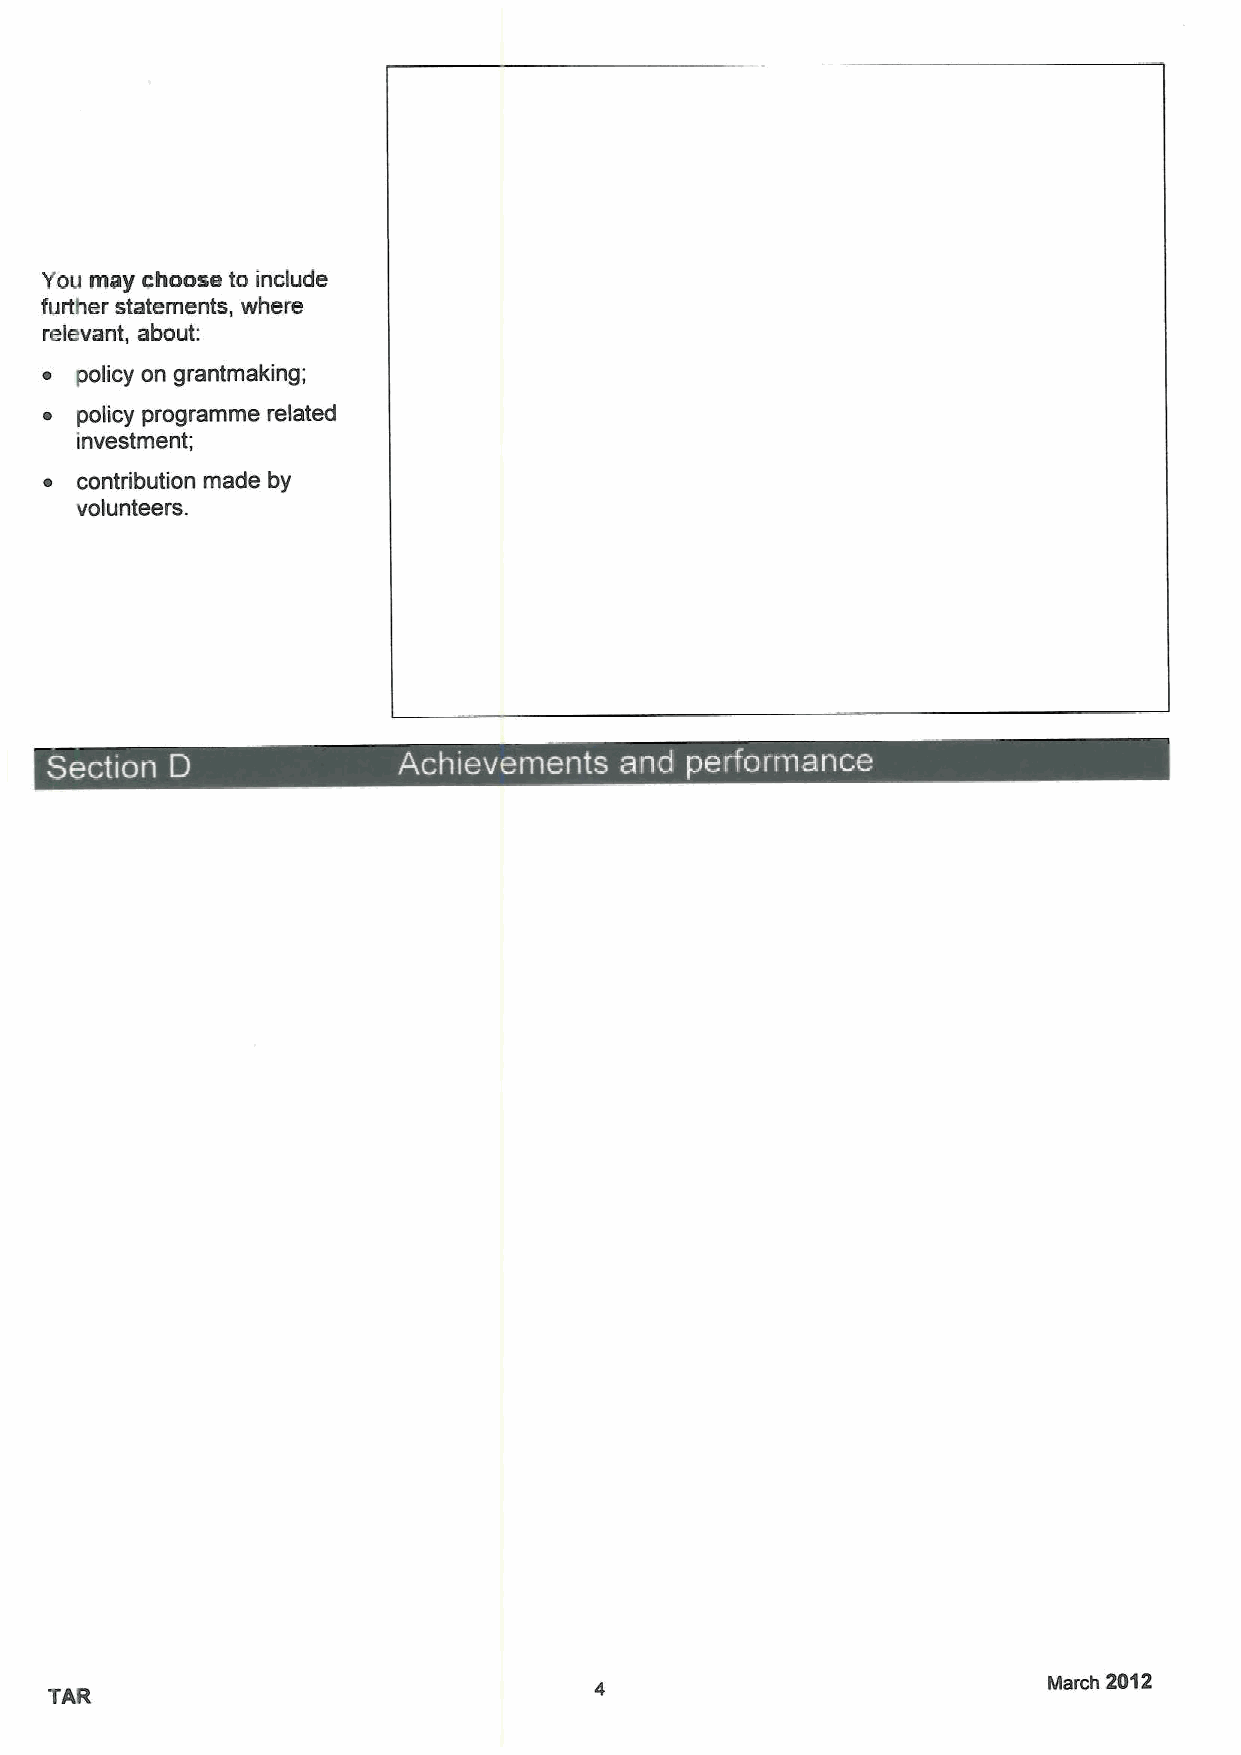
You may choose to include
 further statements, where
 relevant, about:
 ~ policy on grantmaking;
 policy programme related
 investment;
 ~ contribution made by
 volunteers.
 ~  ~
 March 2012
 TAR